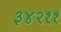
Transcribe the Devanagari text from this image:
३४२११